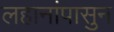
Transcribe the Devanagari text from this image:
लहानांपासुन